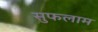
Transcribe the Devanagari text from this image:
सुफलाम